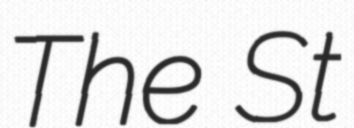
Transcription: The St